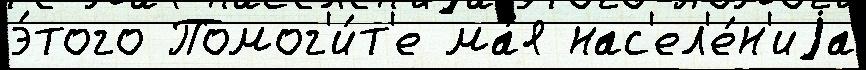
э́того Помог'и́т'е ма́я нас'ел'е́н'иjа